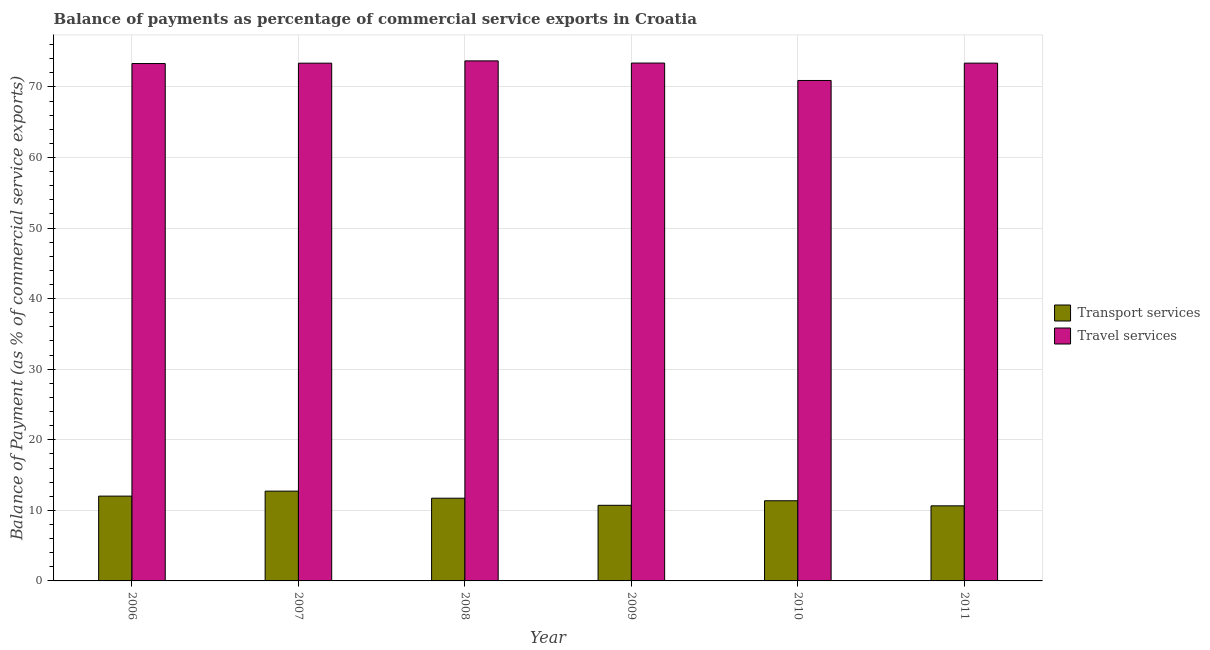
| Year | Transport services | Travel services |
 | --- | --- | --- |
 | 2006 | 12 | 73.3 |
 | 2007 | 12.7 | 73.4 |
 | 2008 | 11.7 | 73.7 |
 | 2009 | 10.7 | 73.4 |
 | 2010 | 11.4 | 70.9 |
 | 2011 | 10.6 | 73.4 |